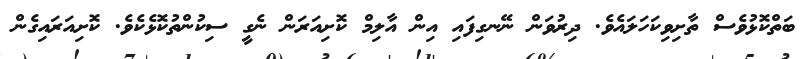
ބަތްކޮޅުވެސް ތާށިވިކަހަލައެވެ. ދިރުވަން ނޭނގިފައި އިން އާލިމް ކޮށިއަރަން ނެގީ ސިކުންތުކޮޅެކެވެ. ކޮށިއަރައިގެން